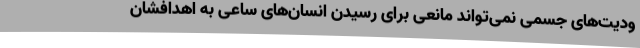
ودیت‌های جسمی نمی‌تواند مانعی برای رسیدن انسان‌های ساعی به اهدافشان